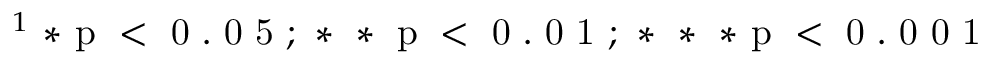
^ 1 \mathrm { ~ * ~ p ~ < ~ 0 ~ . ~ 0 ~ 5 ~ ; ~ * ~ * ~ p ~ < ~ 0 ~ . ~ 0 ~ 1 ~ ; ~ * ~ * ~ * ~ p ~ < ~ 0 ~ . ~ 0 ~ 0 ~ 1 ~ }